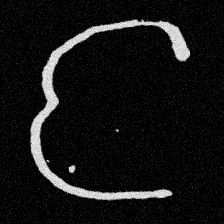
Pyu character \u2014 Myanmar letter: င (romanized: nga)